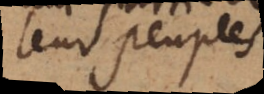
leur peuples